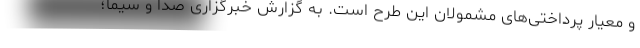
و معیار پرداختی‌های مشمولان این طرح است. به گزارش خبرگزاری صدا و سیما؛